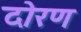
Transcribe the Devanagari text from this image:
दोरण